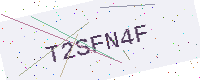
Text: T2SFN4F